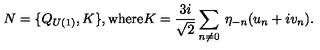
N = \{ Q _ { U ( 1 ) } , K \} \mathrm { , w h e r e } K = \frac { 3 i } { \sqrt { 2 } } \sum _ { n \neq 0 } \: \eta _ { - n } ( u _ { n } + i v _ { n } ) .